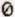
0